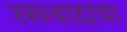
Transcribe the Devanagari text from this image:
रस्त्र्वादाचा